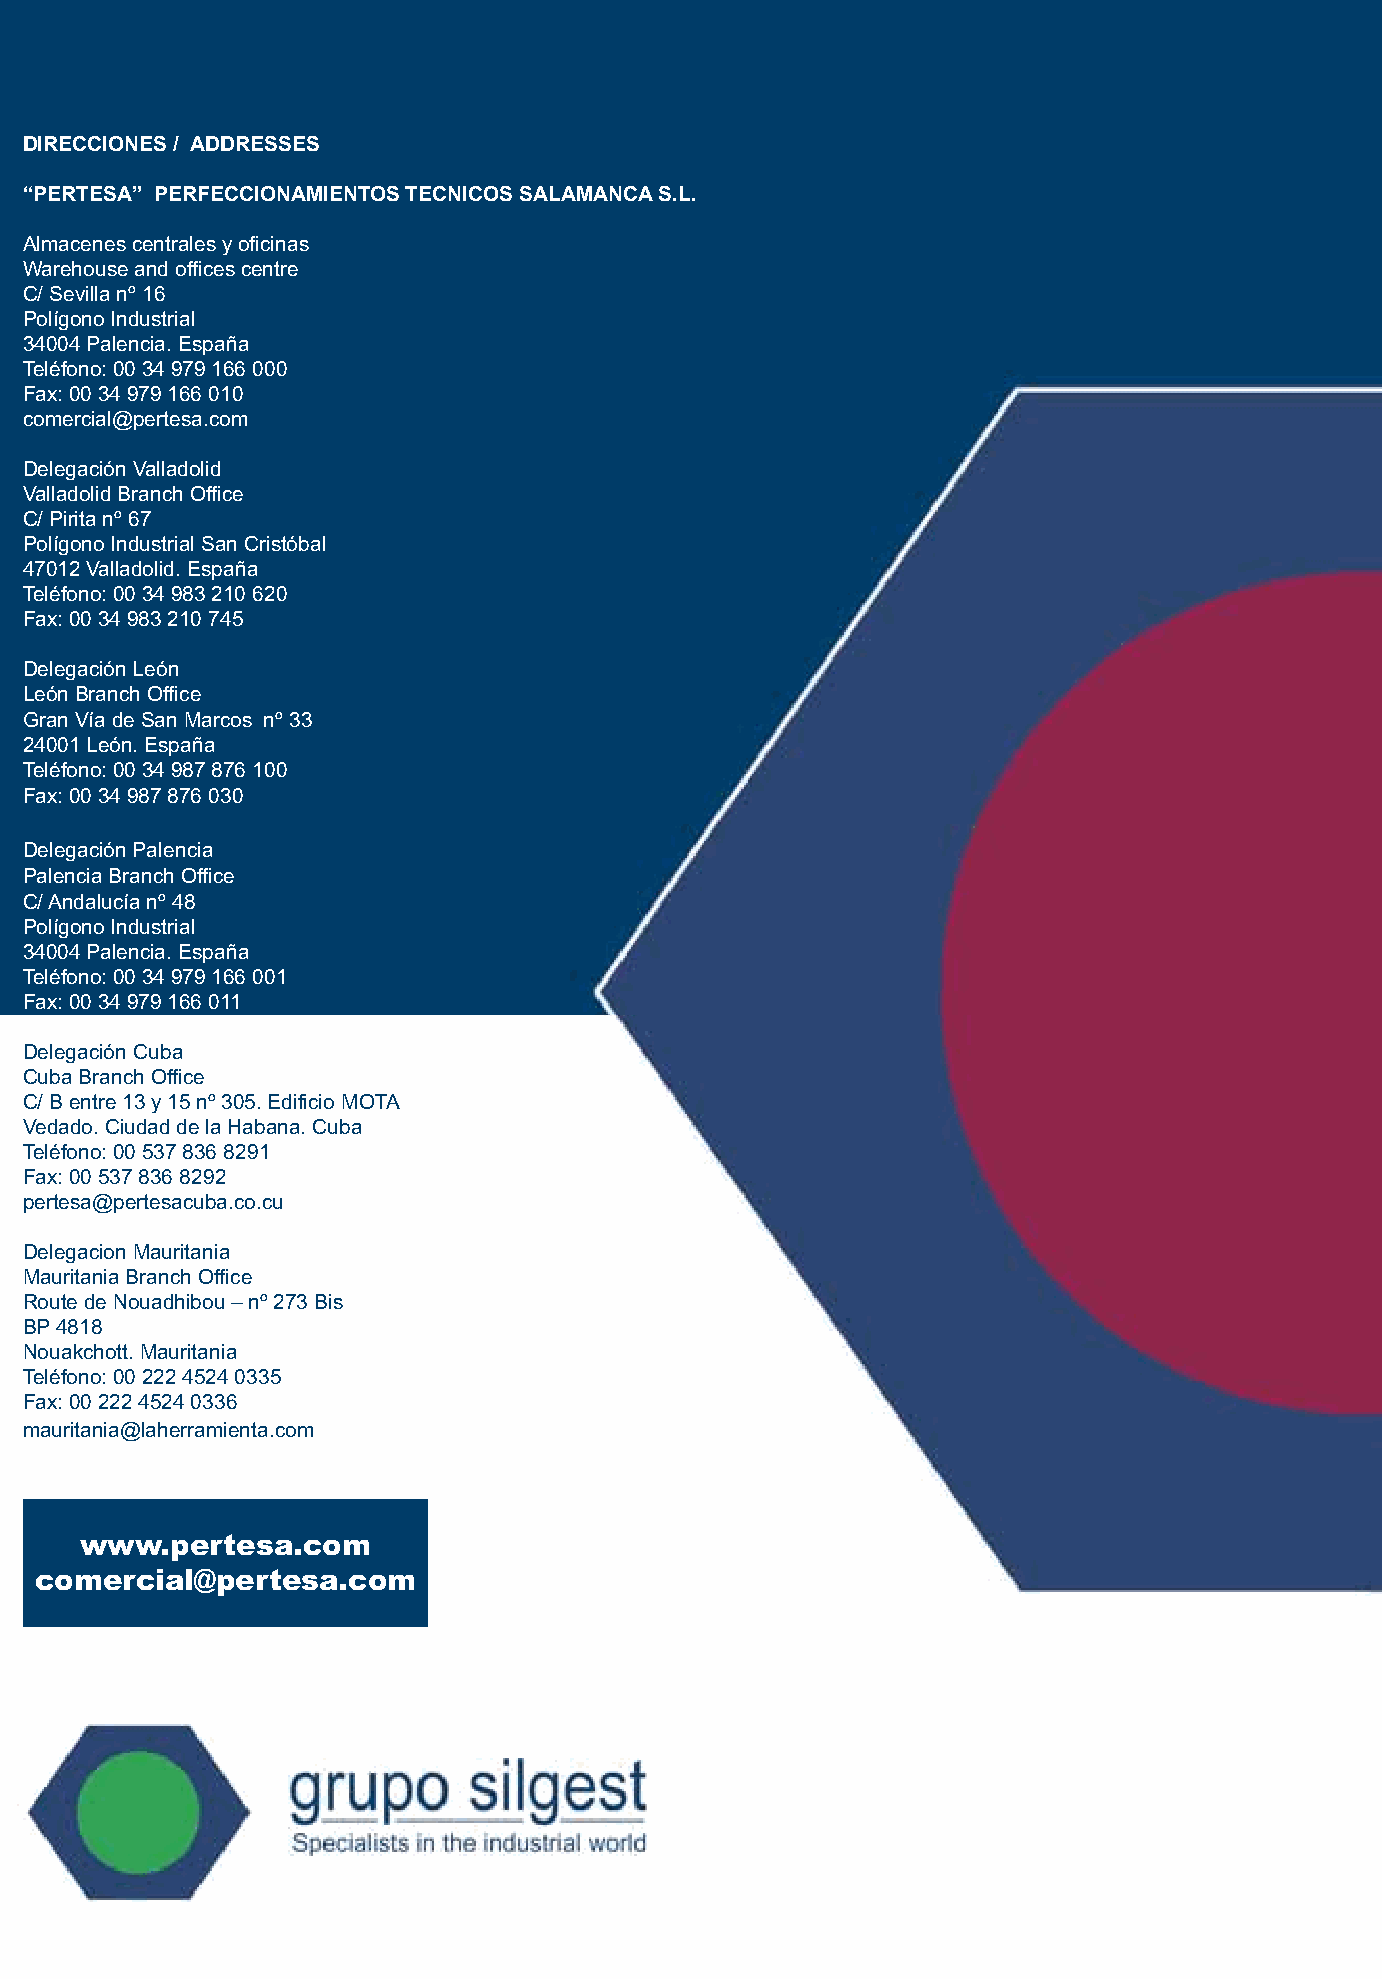
DIRECCIONES / ADDRESSES
 “PERTESA” PERFECCIONAMIENTOS TECNICOS SALAMANCA S.L.
 Almacenes centrales y oficinas
 Warehouse and offices centre
 C/ Sevilla nº 16
 Polígono Industrial
 34004 Palencia. España
 Teléfono: 00 34 979 166 000
 Fax: 00 34 979 166 010
 comercial@pertesa.com
 Delegación Valladolid
 Valladolid Branch Office
 C/ Pirita nº 67
 Polígono Industrial San Cristóbal
 47012 Valladolid. España
 Teléfono: 00 34 983 210 620
 Fax: 00 34 983 210 745
 Delegación León
 León Branch Office
 Gran Vía de San Marcos nº 33
 24001 León. España
 Teléfono: 00 34 987 876 100
 Fax: 00 34 987 876 030
 Delegación Palencia
 Palencia Branch Office
 C/ Andalucía nº 48
 Polígono Industrial
 34004 Palencia. España
 Teléfono: 00 34 979 166 001
 Fax: 00 34 979 166 011
 Delegación Cuba
 Cuba Branch Office
 C/ B entre 13 y 15 nº 305. Edificio MOTA
 Vedado. Ciudad de la Habana. Cuba
 Teléfono: 00 537 836 8291
 Fax: 00 537 836 8292
 pertesa@pertesacuba.co.cu
 Delegacion Mauritania
 Mauritania Branch Office
 Route de Nouadhibou – nº 273 Bis
 BP 4818
 Nouakchott. Mauritania
 Teléfono: 00 222 4524 0335
 Fax: 00 222 4524 0336
 mauritania@laherramienta.com
 www.pertesa.com
 comercial@pertesa.com